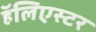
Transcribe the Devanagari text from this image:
हॅलिएस्टर